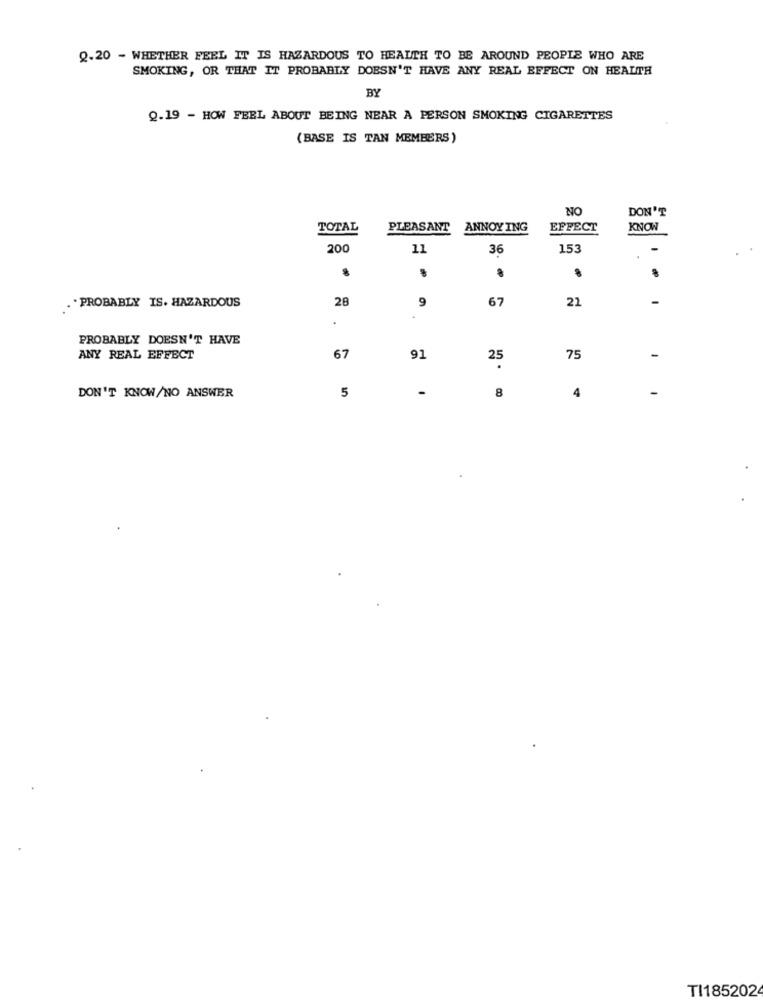
2.20 - WHETHER FEEL IT IS HAZARDOUS TO HEALTH TO BE AROUND PEOPLE WHO ARE
SMOKING, OR THAT IT PROBABLY DOESN'T HAVE ANY REAL EFFECT ON HEALTH
BY
Q.19 - HOW FEEL ABOUT BEING NEAR A PERSON SMOKING CIGARETTES
(BASE IS TAN MEMBERS)
NO
DON'T
TOTAL
PLEASANT
ANNOYING
EFFECT
KNOW
200
11
36
153
.
. PROBABLY IS. HAZARDOUS
28
9
67
22
PROBABLY DOESN'T HAVE
ANY REAL EFFECT
67
91
25
75
-
-
8
4
-
DON'T KNOW/NO ANSWER
5
TI185202